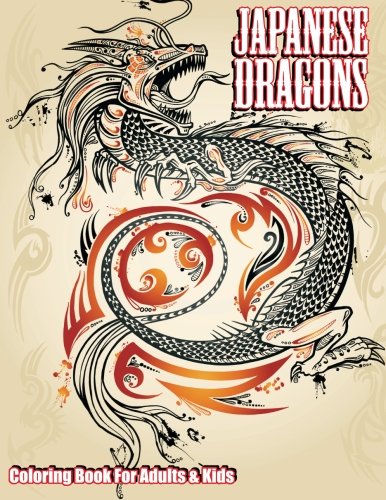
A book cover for Japanese Dragons Coloring Book For Adults & Kids (Super Fun Coloring Books For Kids) (Volume 50); Lilt Kids Coloring Books; Children's Books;